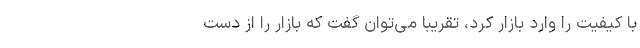
با کیفیت را وارد بازار کرد، تقریبا می‌توان گفت که بازار را از دست